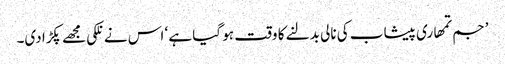
’جم تمھاری پیشاب کی نالی بدلنے کا وقت ہو گیا ہے ‘ اس نے نلکی مجھے پکڑا دی۔